Annual report on the mental hospital in the Central Provinces and Berar (Nagpur) - 1927-1951
Year: 1927
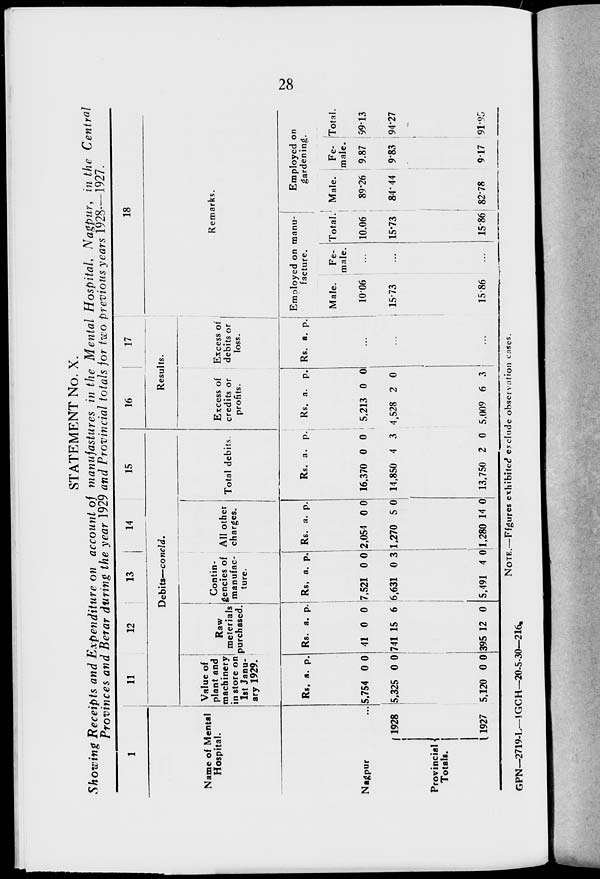
28
STATEMENT No. X.
Showing Receipts and Expenditure on account of manufactures in the Mental Hospital, Nagpur, in the Central
Provinces and Berar during the year 1929 and Provincial totals for two previous years 1928—1927.
1
Name of Mental
Hospital.
Nagpur ...
Provincial
Totals.
1928
1927
11
12
13
14
15
Debits—concld.
Value of
plant and
machinery
in store on
1st Janu-
ary 1929.
Rs. a.
p.
5,754
5,325
5,120
0
0
0
0
0
0
Raw
meterials
purchased.
Rs a.
p.
41
741
395
0
15
12
0
6
0
Contin-
gencies of
manufac-
ture.
Rs. a.
p.
7,521
6,631
5,491
0
0
4
0
3
0
All other
charges.
Rs.
a. p.
2,054
1,270
1.280
0
5
14
0
0
0
Total debits.
Rs. a.
p.
16,370
14,850
13,750
0
4
2
0
3
0
16
17
Results.
Excess of
credits or
profits.
Rs. a.
p.
5,213
4,528
5,009
0
2
6
0
0
3
Excess of
debits or
loss.
Rs. a. p.
...
...
...
18
Remarks.
Employed on manu-
facture.
Male.
10.06
15.73
15.86
Fe-
male.
...
...
...
Total.
10.06
15.73
15.86
Employed on
gardening.
Male.
89.26
84.44
82.78
Fe-
male.
9.87
9.83
9.17
Total.
99.13
94.27
91.95
NOTE.—Figures exhibited exclude observation cases.
GPN—2719-L—IGCH—20-5-30—216.